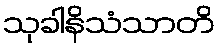
သုခါနိသံသာတိ